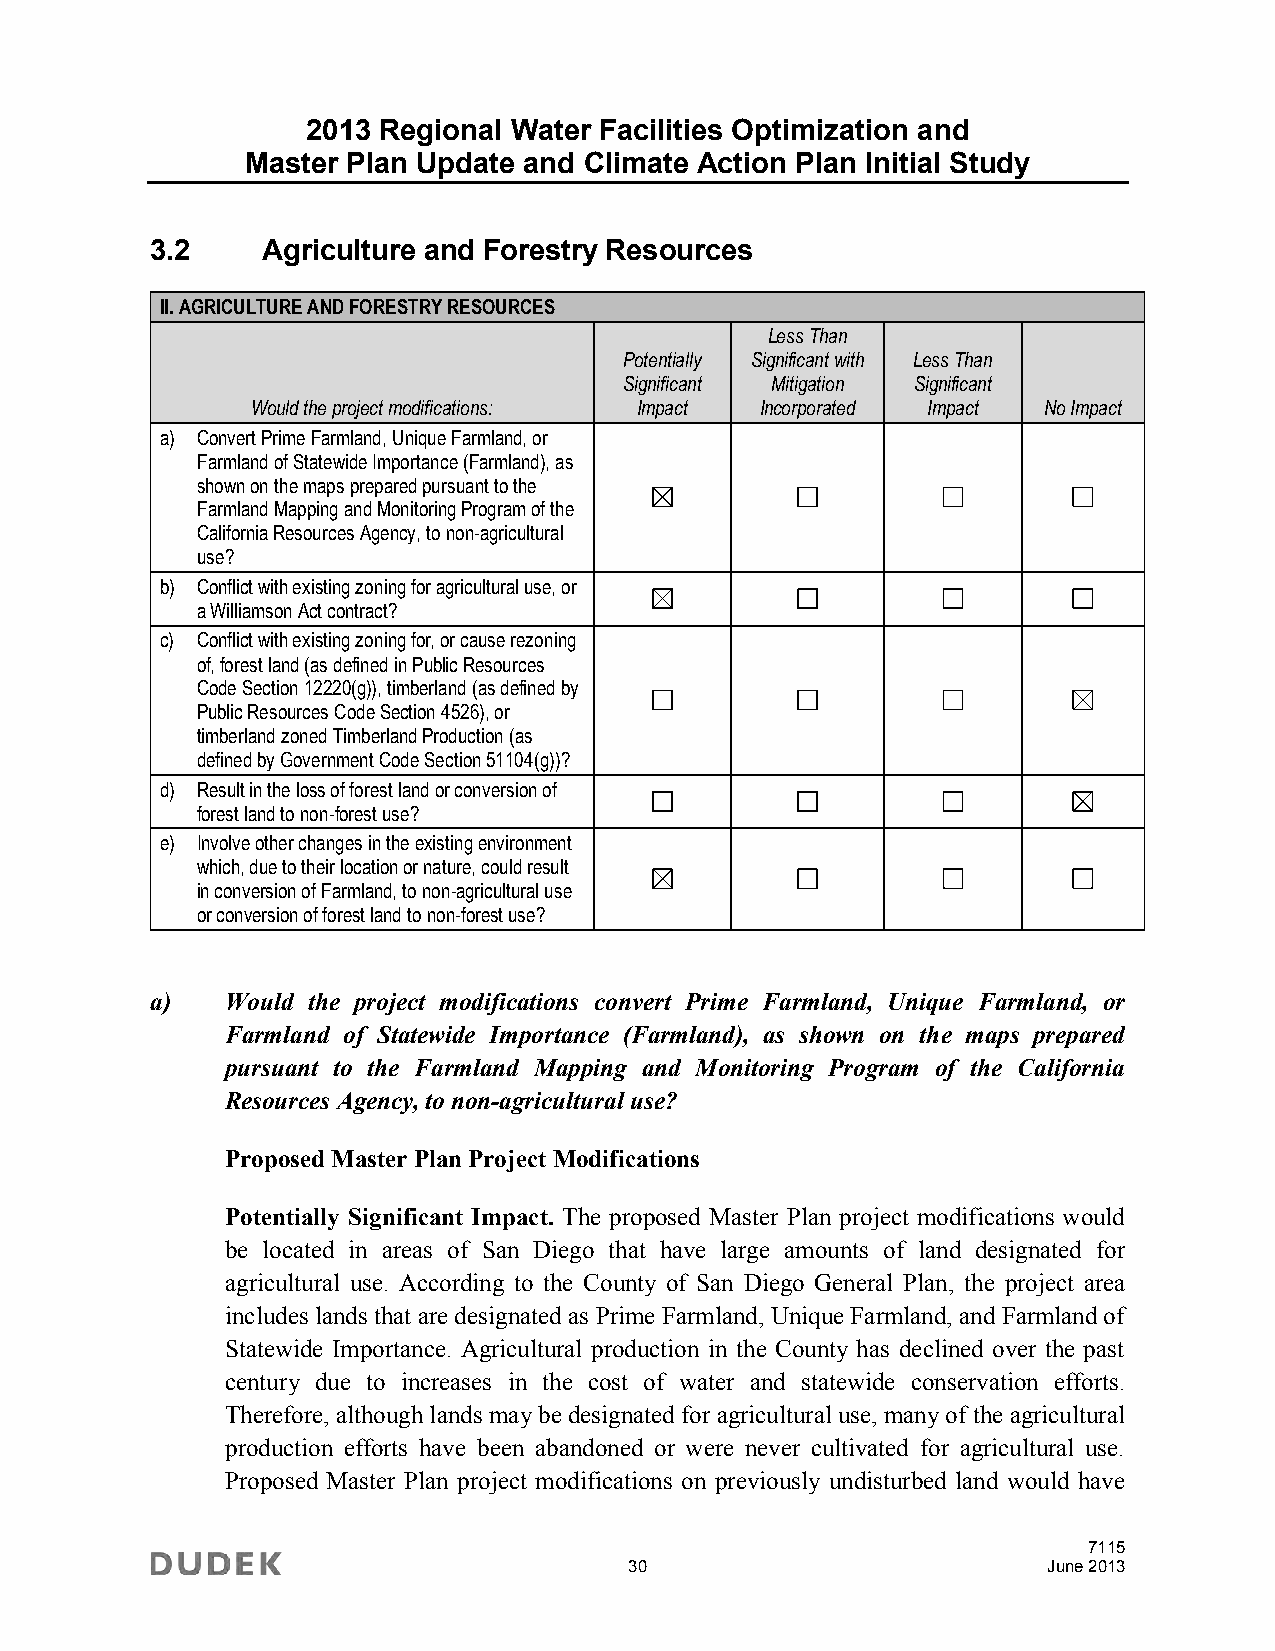
2013 Regional Water Facilities Optimization and
 Master Plan Update and Climate Action Plan Initial Study
 3.2    Agriculture and Forestry Resources
 II. AGRICULTURE AND FORESTRY RESOURCES
 Less Than
 Potentially Significant with Less Than
 Significant Mitigation Significant
 Would the project modifications: Impact Incorporated Impact No Impact
 a) Convert Prime Farmland, Unique Farmland, or
 Farmland of Statewide Importance (Farmland), as
 shown on the maps prepared pursuant to the
 Farmland Mapping and Monitoring Program of the
 California Resources Agency, to non-agricultural
 use?
 b) Conflict with existing zoning for agricultural use, or
 a Williamson Act contract?
 c) Conflict with existing zoning for, or cause rezoning
 of, forest land (as defined in Public Resources
 Code Section 12220(g)), timberland (as defined by
 Public Resources Code Section 4526), or
 timberland zoned Timberland Production (as
 defined by Government Code Section 51104(g))?
 d) Result in the loss of forest land or conversion of
 forest land to non-forest use?
 e) Involve other changes in the existing environment
 which, due to their location or nature, could result
 in conversion of Farmland, to non-agricultural use
 or conversion of forest land to non-forest use?
 a)   Would the project modifications convert Prime Farmland, Unique Farmland, or
 Farmland of Statewide Importance (Farmland), as shown on the maps prepared
 pursuant to the Farmland Mapping and Monitoring Program of the California
 Resources Agency, to non-agricultural use?
 Proposed Master Plan Project Modifications
 Potentially Significant Impact. The proposed Master Plan project modifications would
 be located in areas of San Diego that have large amounts of land designated for
 agricultural use. According to the County of San Diego General Plan, the project area
 includes lands that are designated as Prime Farmland, Unique Farmland, and Farmland of
 Statewide Importance. Agricultural production in the County has declined over the past
 century due to increases in the cost of water and statewide conservation efforts.
 Therefore, although lands may be designated for agricultural use, many of the agricultural
 production efforts have been abandoned or were never cultivated for agricultural use.
 Proposed Master Plan project modifications on previously undisturbed land would have
 7115
 30                         June 2013